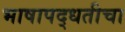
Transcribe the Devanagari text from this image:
भाषापद्धतीचा